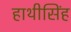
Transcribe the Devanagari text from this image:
हाथीसिंह